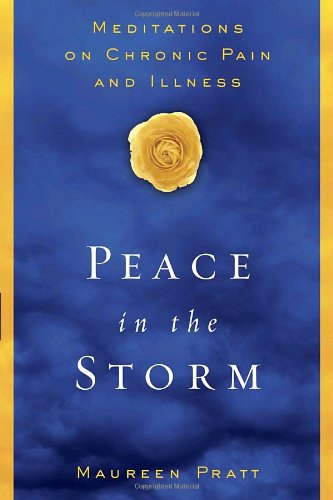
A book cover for Peace in the Storm: Meditations on Chronic Pain and Illness; Maureen Pratt; Health, Fitness & Dieting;